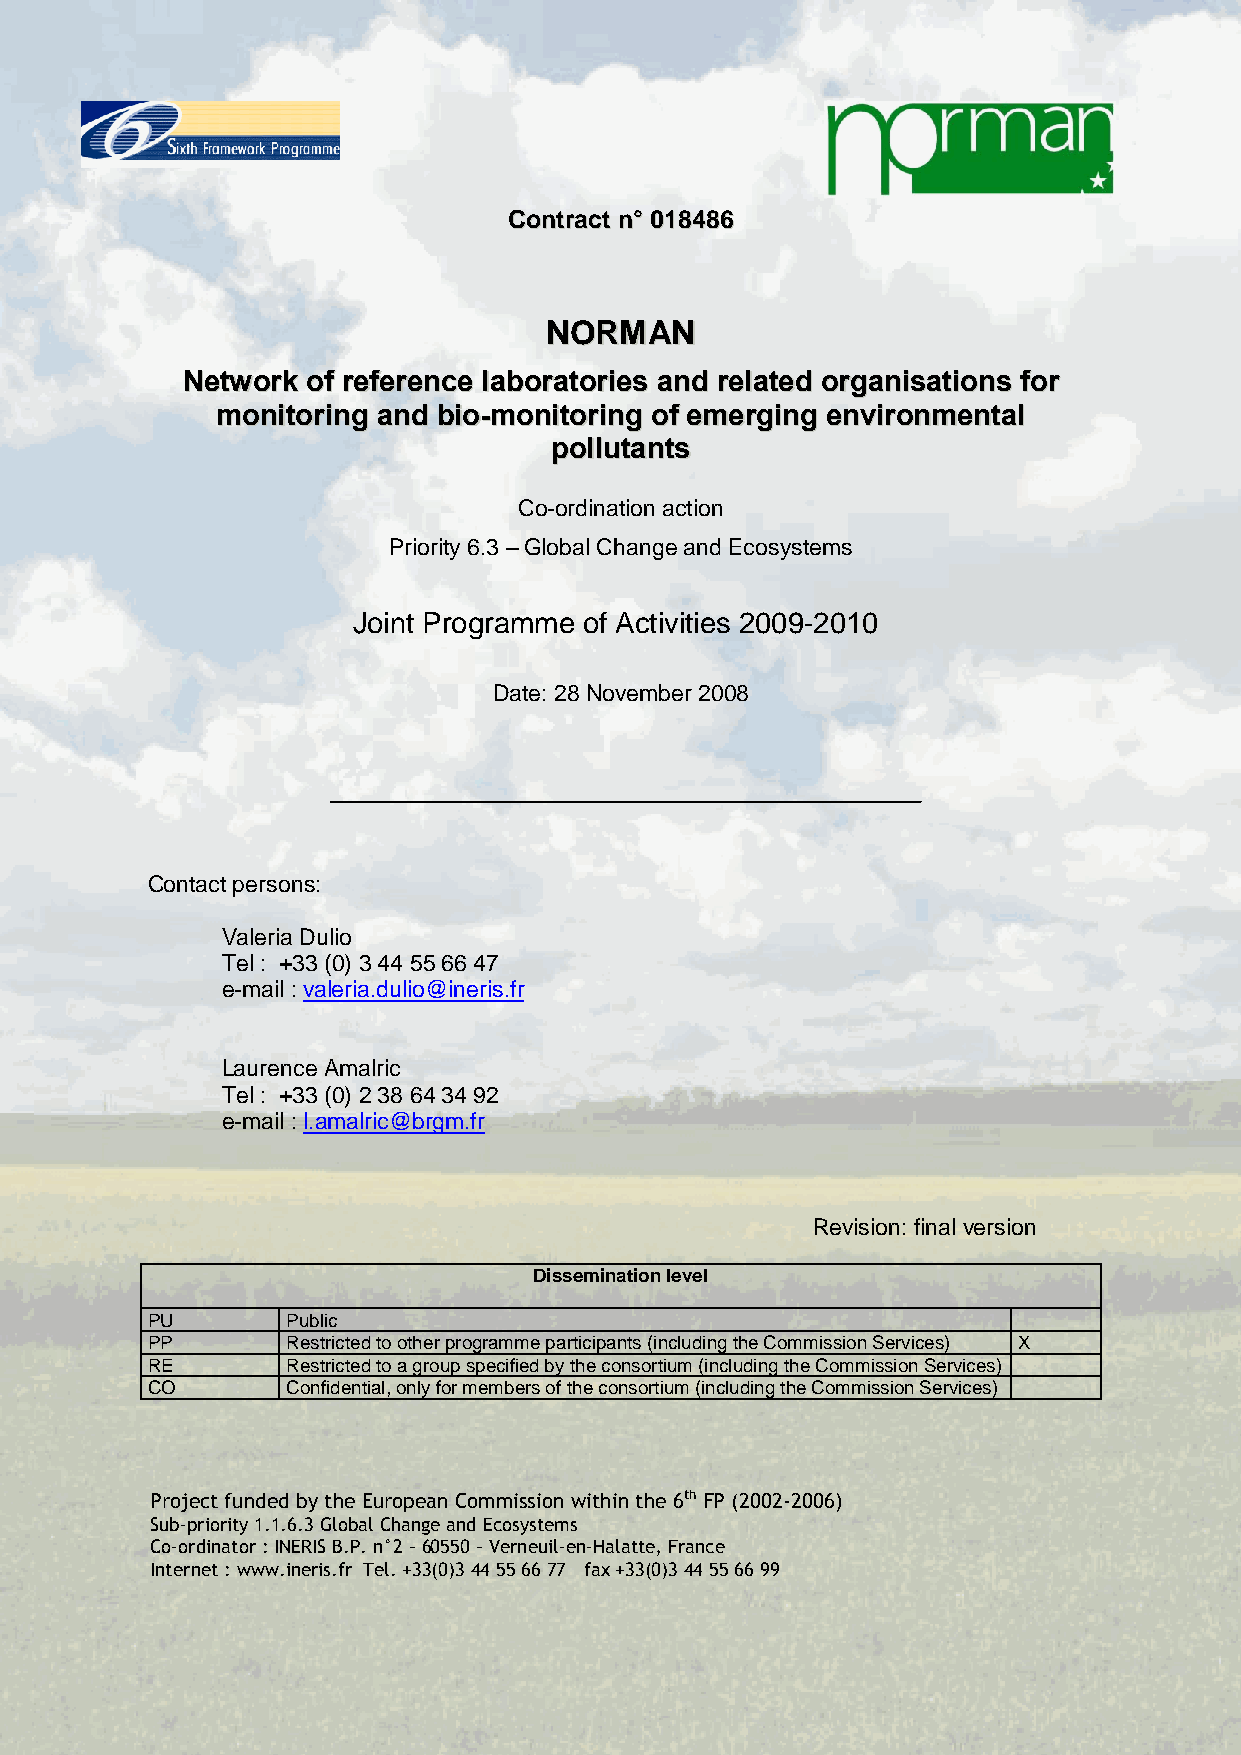
CCoonnttrraacctt nn°° 001188448866
 NNOORRMMAANN
 NNeettwwoorrkk ooff rreeffeerreennccee llaabboorraattoorriieess aanndd rreellaatteedd oorrggaanniissaattiioonnss ffoorr
 mmoonniittoorriinngg aanndd bbiioo--mmoonniittoorriinngg ooff eemmeerrggiinngg eennvviirroonnmmeennttaall
 ppoolllluuttaannttss
 Co-ordination action
 Priority 6.3 – Global Change and Ecosystems
 Joint Programme of Activities 2009-2010
 Date: 28 November 2008
 Contact persons:
 Valeria Dulio
 Tel : +33 (0) 3 44 55 66 47
 e-mail : valeria.dulio@ineris.fr
 Laurence Amalric
 Tel : +33 (0) 2 38 64 34 92
 e-mail : l.amalric@brgm.fr
 Revision: final version
 Dissemination level
 PU       Public
 PP       Restricted to other programme participants (including the Commission Services) X
 RE       Restricted to a group specified by the consortium (including the Commission Services)
 CO       Confidential, only for members of the consortium (including the Commission Services)
 Project funded by the European Commission within the 6th FP (2002-2006)
 Sub-priority 1.1.6.3 Global Change and Ecosystems
 Co-ordinator : INERIS B.P. n°2 – 60550 – Verneuil-en-Halatte, France
 Internet : www.ineris.fr Tel. +33(0)3 44 55 66 77 fax +33(0)3 44 55 66 99